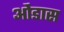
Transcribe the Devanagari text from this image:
ओंडास